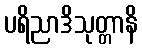
ပရိညာဒိသုတ္တာနိ